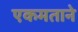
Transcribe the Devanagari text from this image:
एकमताने